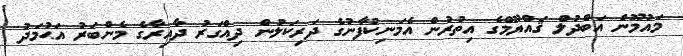
މައުމޫން އަބްދުލް ޤައްޔޫމްގެ އިތުރުން އެމަނިކުފާނުގެ ދަރިކަލުން ދިއްގަރު ދާއިރާގެ މެންބަރު އަޙުމަދު